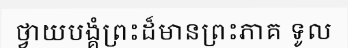
ថ្វាយបង្គំព្រះដ៏មានព្រះភាគ ទូល